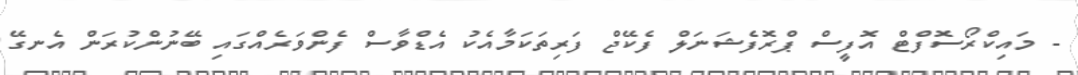
- މައިކްރޯސޮފްޓް އޮފީސް ޕްރޮފެޝަނަލް ފެކޭޖް ފަރިތަކަމާއެކު އެޑްވާސް ފެންވަރެއްގައި ބޭނުންކުރަން އެނގޭ